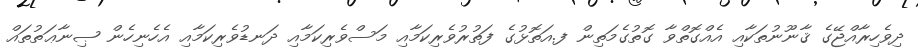
ދިވެހިރާއްޖޭގެ ޤާނޫނުތަކާއި އެއްގޮތްވާ ގޮތުގެމަތިން ފ.އަތޮޅުގެ ފަތުރުވެރިކަމާއި މަސްވެރިކަމާއި ދަނޑުވެރިކަމާއި އެހެނިހެން ޞިނާޢަތުތައް